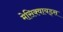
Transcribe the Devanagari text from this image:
मेसिक्वायड्स